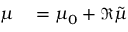
\begin{array} { r l } { \boldsymbol { \mu } } & { { } = \boldsymbol { \mu } _ { 0 } + \Re \tilde { \boldsymbol { \mu } } } \end{array}